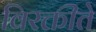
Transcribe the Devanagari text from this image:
विरक्तीते